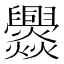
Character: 𱬲